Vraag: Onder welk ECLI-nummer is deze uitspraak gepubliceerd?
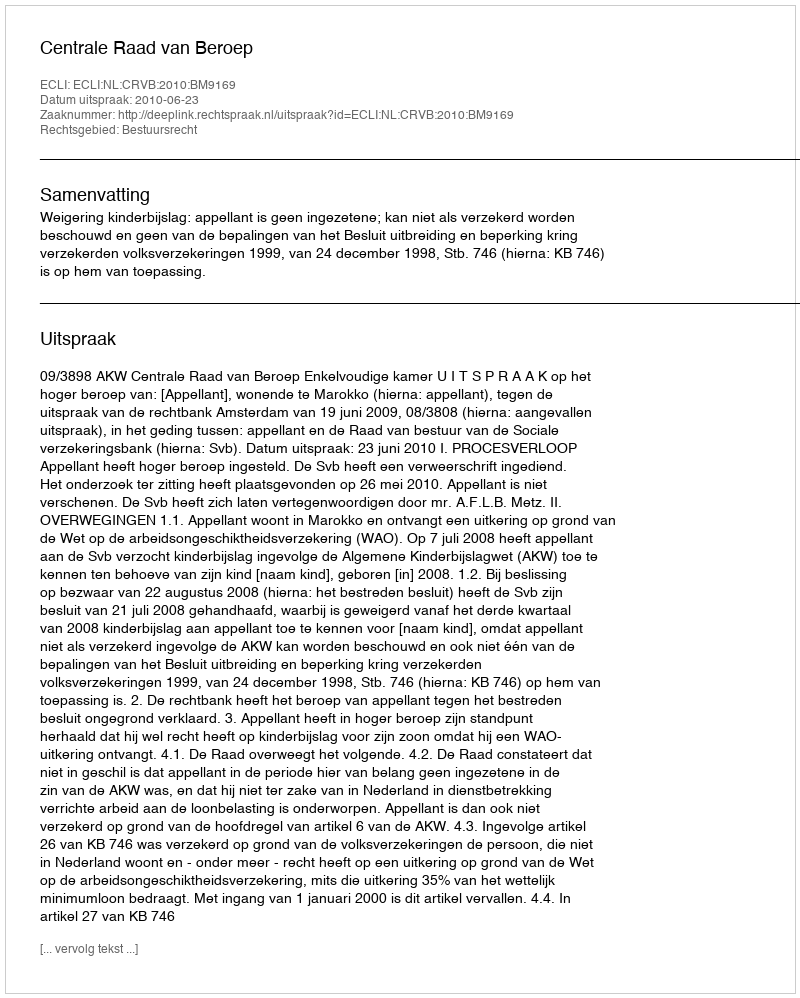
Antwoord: ECLI:NL:CRVB:2010:BM9169